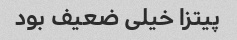
پیتزا خیلی ضعیف بود